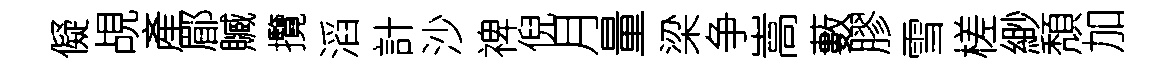
儗覘產郿贓攬滔計沙禆倪月量梁争嵩藪膠雪槎緲頽加